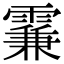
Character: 𩄡